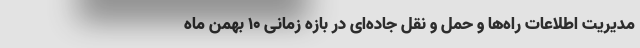
مدیریت اطلاعات راه‌ها و حمل و نقل جاده‌ای در بازه زمانی ۱۰ بهمن ماه